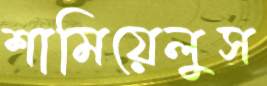
শামিয়েলুস